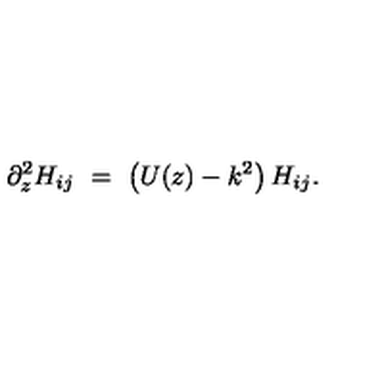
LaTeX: \partial _ { z } ^ { 2 } H _ { i j } \ = \ \left( U ( z ) - k ^ { 2 } \right) H _ { i j } .